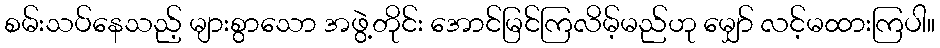
စမ်းသပ်နေသည့် များစွာသော အဖွဲ့တိုင်း အောင်မြင်ကြလိမ့်မည်ဟု မျှော် လင့်မထားကြပါ။